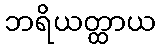
ဘရိယတ္ထာယ